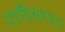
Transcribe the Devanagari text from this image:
राणीवशात